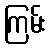
ကြမ်း